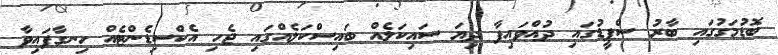
ބޮޑުމަގުގައި ބާރު ސްޕީޑުގައި ދުއްވައިފާ ދިޔަ ސައިކަލެއް ބައިސްކަލެއްގައި ޖެހި އެކްސިޑެންޓެއް ހިނގާފައިވާ